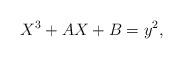
LaTeX: \begin{align*}X^3+AX+B=y^2,\end{align*}